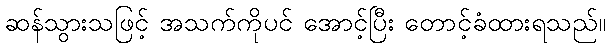
ဆန်သွားသဖြင့် အသက်ကိုပင် အောင့်ပြီး တောင့်ခံထားရသည်။